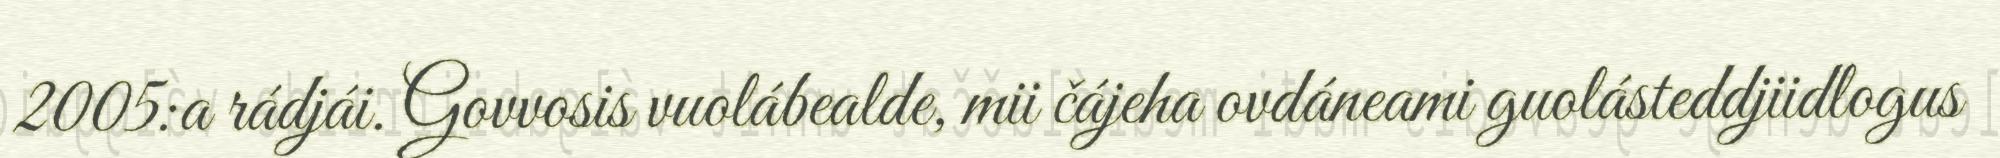
2005:a rádjái. Govvosis vuolábealde, mii čájeha ovdáneami guolásteddjiidlogus